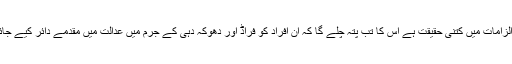
ان الزامات میں کتنی حقیقت ہے اس کا تب پتہ چلے گا کہ ان افراد کو فراڈ اور دھوکہ دہی کے جرم میں عدالت میں مقدمے دائر کیے جائیں۔